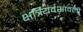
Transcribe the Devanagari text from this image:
क्षत्रियवंशावली